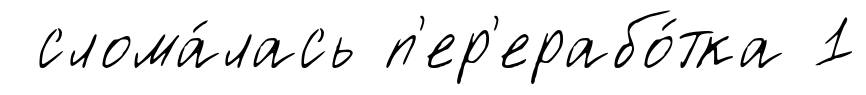
слома́лась п'ер'ерабо́тка 1